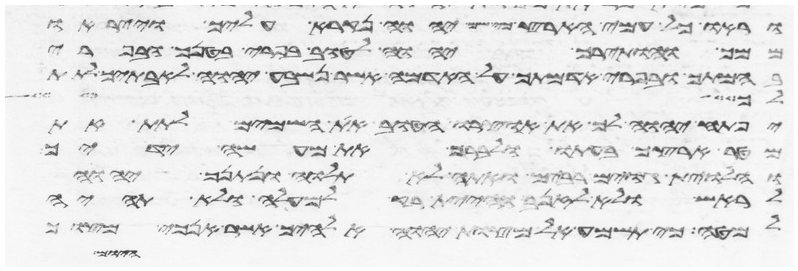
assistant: וראו כל עמי הארץ כי שם יהוה נקרא עליך וייראו
ממך והותירך יהוה לטוב בפרי בטנך ובפרי
בהמתך ובפרי אדמתך על האדמה אשר נשבע יהוה לאבתיך לתת
כן ישלח
יפתח יהוה לך את אוצרו הטוב את השמים לתת את
מטר ארצך בעתו לברך את כל מעשה ידיך
והלוית גוים רבים ואתה לא תלוה ונתנך יהוה
לראש ולא לזנב והיית רק למעלה ולא תהיה
למטה כי תשמע אל מצות יהוה אלהיך אשר אנכי מצוך
היום